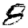
Digit: 8